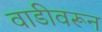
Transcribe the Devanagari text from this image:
वाडीवरून